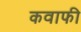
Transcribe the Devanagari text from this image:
कवाफी